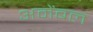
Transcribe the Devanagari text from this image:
अमेंबल